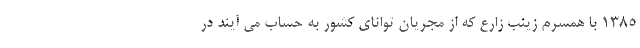
1385 با همسرم زینب زارع که از مجریان توانای کشور به حساب می آیند در